Annual report on the Civil Veterinary Department, Burma (including the Insein Veterinary School) - 1923-1931
Year: 1923
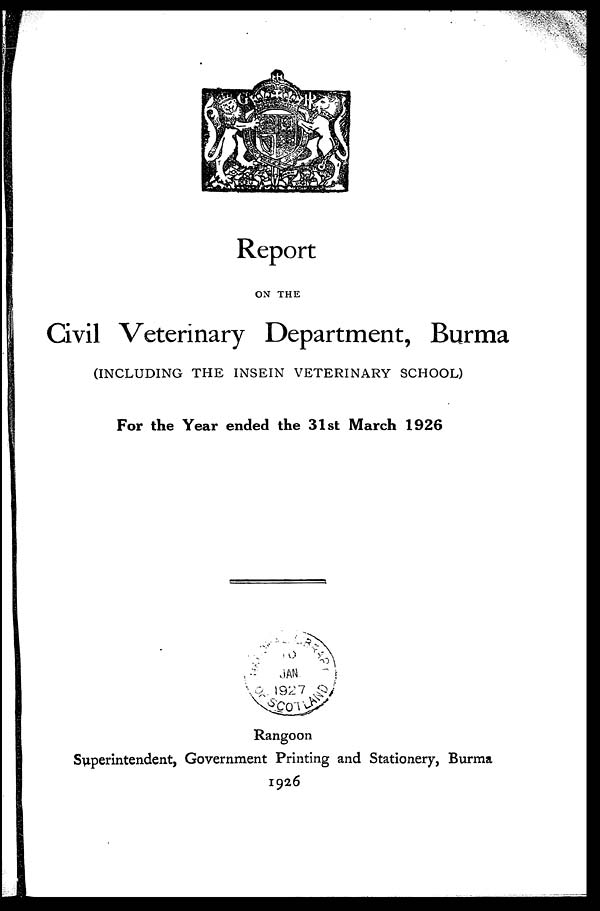
Report
ON THE
Civil Veterinary Department, Burma
(INCLUDING THE INSEIN VETERINARY SCHOOL)
For the Year ended the 31st March 1926
Rangoon
Superintendent, Government Printing and Stationery, Burma
1926